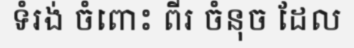
ទំរង់ ចំពោះ ពីរ ចំនុច ដែល